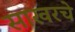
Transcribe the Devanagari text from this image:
साखरचे